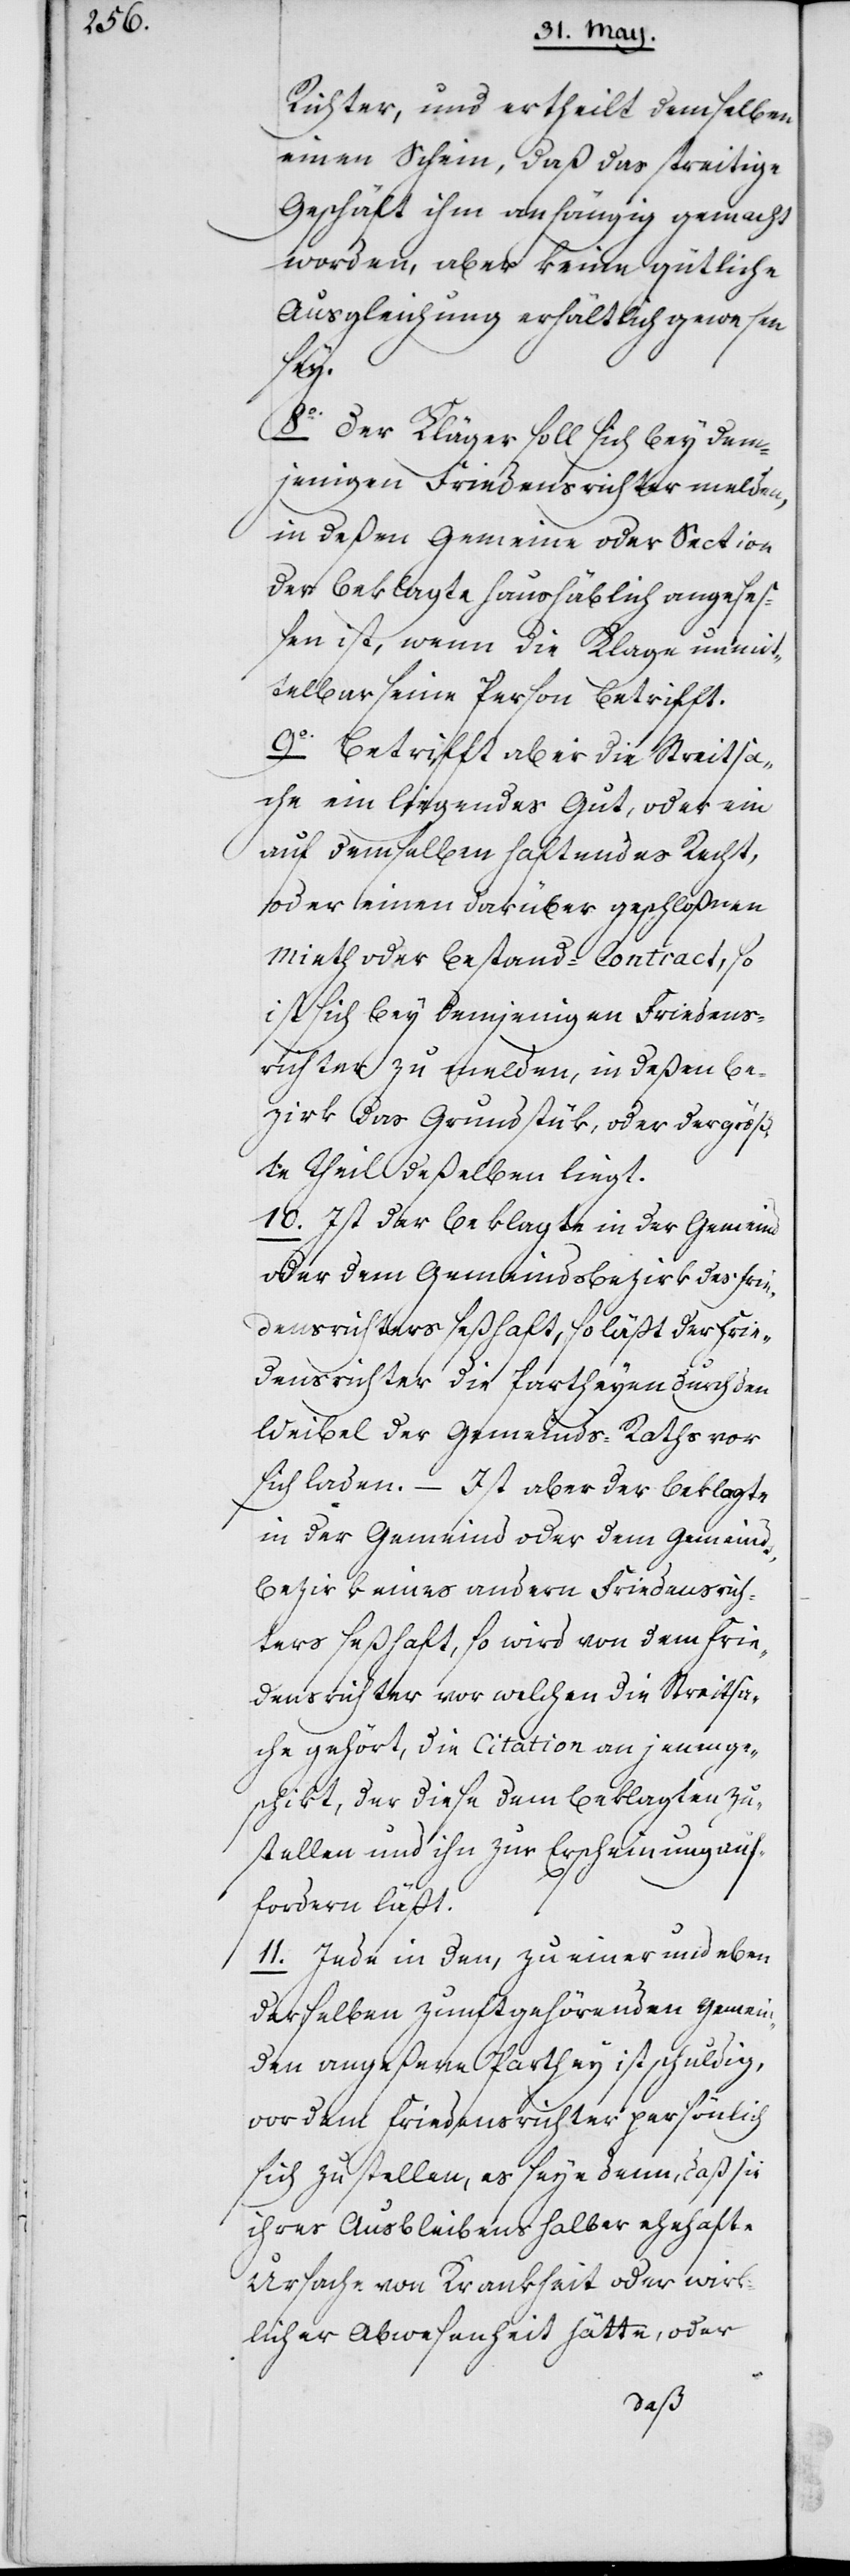
Richter, und ertheilt demselben
einen Schein, daß das streitige
Geschäft ihm anhängig gemacht
worden, aber keine gütliche
Ausgleichung erhältlich gewesen
sey.
8. Der Kläger soll sich bey dem¬
jenigen Friedensrichter melden,
in deßen Gemeine oder Sektion
der Beklagte haushäblich angeseß¬
en ist, wenn die Klage unmit¬
telbar seine Person betrifft.
9. Betrifft aber die Streitsa¬
che ein liegendes Gut, oder ein
auf demselben haftendes Recht,
oder einen darüber geschloßnen
Mieth oder Bestand-Contract, so
ist sich bey demjenigen Friedens¬
richter zu melden, in deßen Be¬
zirk das Grundstück oder der größ¬
te Theil deßelben liegt.
10. Ist der Beklagte in der Gemeind
oder dem Gemeindsbezirk des Frie¬
densrichters seßhaft, so läßt der Frie¬
densrichter die Partheyen durch den
Weibel des Gemeinds-Raths vor
sich laden. – Ist aber der Beklagte
in der Gemeind oder dem Gemeinds¬
bezirk eines andern Friedensrich¬
ters seßhaft, so wird von dem Frie¬
densrichter, vor welchen die Streitsa¬
che gehört, die Citation an jenen ge¬
schikt, der diese dem Beklagten zu¬
stellen und ihn zur Erscheinung auf¬
fordern läßt.
11. Jede in den, zu einer und eben
derselben Zunft gehörenden Gemein¬
den ange[se]ßene Parthey ist schuldig,
vor dem Friedensrichter persönlich
sich zu stellen, es seye denn, daß sie
ihres Ausbleibens halber ehehafte
Ursache von Krankheit oder wirk¬
licher Abwesenheit hätte, oder